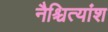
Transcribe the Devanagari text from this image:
नैश्चित्यांश